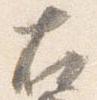
右